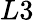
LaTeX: L3